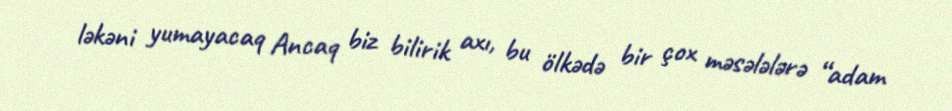
ləkəni yumayacaq Ancaq biz bilirik axı, bu ölkədə bir çox məsələlərə “adam